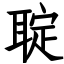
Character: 聢